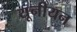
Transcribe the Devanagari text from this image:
यूनीयन